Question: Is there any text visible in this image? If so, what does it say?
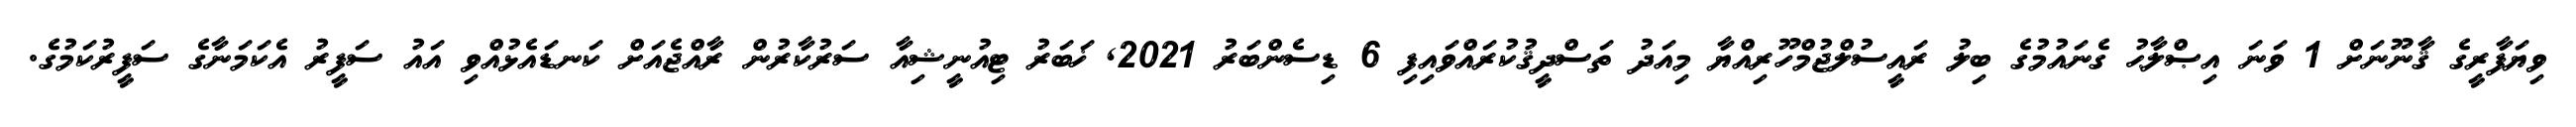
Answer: ވިޔަފާރީގެ ޤާނޫނަށް 1 ވަނަ އިޞްލާޙު ގެނައުމުގެ ބިލު ރައީސުލްޖުމްހޫރިއްޔާ މިއަދު ތަސްދީޤުކުރައްވައިފި 6 ޑިސެންބަރު 2021, ޚަބަރު ޓިއުނީޝިއާ ސަރުކާރުން ރާއްޖެއަށް ކަނޑައެޅުއްވި އައު ސަފީރު އެކަމަނާގެ ސަފީރުކަމުގެ.